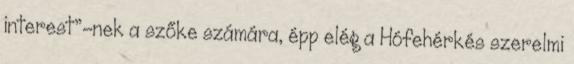
interest”-nek a szőke számára, épp elég a Hófehérkés szerelmi